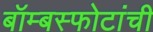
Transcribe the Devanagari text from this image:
बॉम्बस्फोटांची